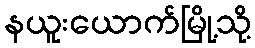
နယူးယောက်မြို့သို့